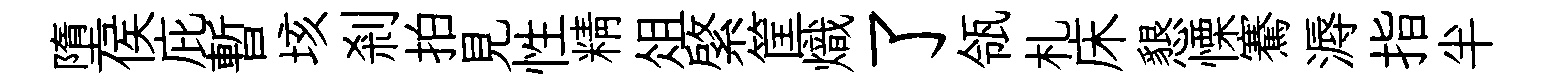
墮侯庇暫垓剎拍見性精俎綮筐熾了瓴札床懇慄騫溽指半